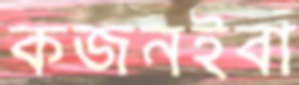
কজনইবা